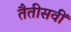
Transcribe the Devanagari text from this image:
तैतीसवीं